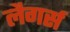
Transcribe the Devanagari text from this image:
लैगर्स